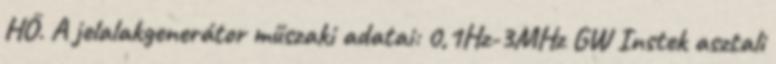
HŐ. A jelalakgenerátor műszaki adatai: 0,1Hz-3MHz GW Instek asztali